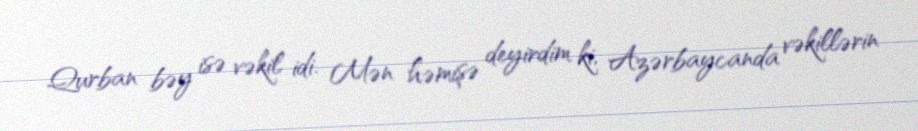
Qurban bəy isə vəkil idi. Mən həmişə deyirdim ki, Azərbaycanda vəkillərin